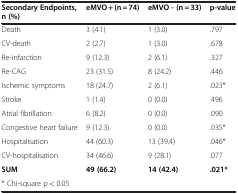
<table><thead><tr><td><b>Secondary Endpoints, n (%)</b></td><td><b>eMVO + (n = 74)</b></td><td><b>eMVO - (n = 33)</b></td><td><b>p-value</b></td></tr></thead><tbody><tr><td>Death</td><td>3 (4.1)</td><td>1 (3.0)</td><td>.797</td></tr><tr><td>CV-death</td><td>2 (2.7)</td><td>1 (3.0)</td><td>.678</td></tr><tr><td>Re-infarction</td><td>9 (12.3)</td><td>2 (6.1)</td><td>.327</td></tr><tr><td>Re-CAG</td><td>23 (31.5)</td><td>8 (24.2)</td><td>.446</td></tr><tr><td>Ischemic symptoms</td><td>18 (24.7)</td><td>2 (6.1)</td><td>.023*</td></tr><tr><td>Stroke</td><td>1 (1.4)</td><td>0 (0.0)</td><td>.496</td></tr><tr><td>Atrial fibrillation</td><td>6 (8.2)</td><td>0 (0.0)</td><td>.090</td></tr><tr><td>Congestive heart failure</td><td>9 (12.3)</td><td>0 (0.0)</td><td>.035*</td></tr><tr><td>Hospitalisation</td><td>44 (60.3)</td><td>13 (39.4)</td><td>.046*</td></tr><tr><td>CV-hospitalisation</td><td>34 (46.6)</td><td>9 (28.1)</td><td>.077</td></tr><tr><td><b>SUM</b></td><td><b>49 (66.2)</b></td><td><b>14 (42.4)</b></td><td><b>.021*</b></td></tr><tr><td>* Chi-square p &lt; 0.05</td><td> </td><td> </td><td> </td></tr></tbody></table>